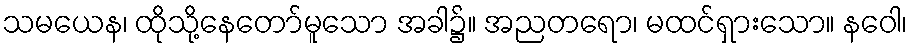
သမယေန၊ ထိုသို့နေတော်မူသော အခါ၌။ အညတရော၊ မထင်ရှားသော။ နဝေါ၊